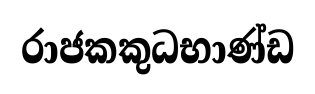
රාජකකුධභාණ්ඩ